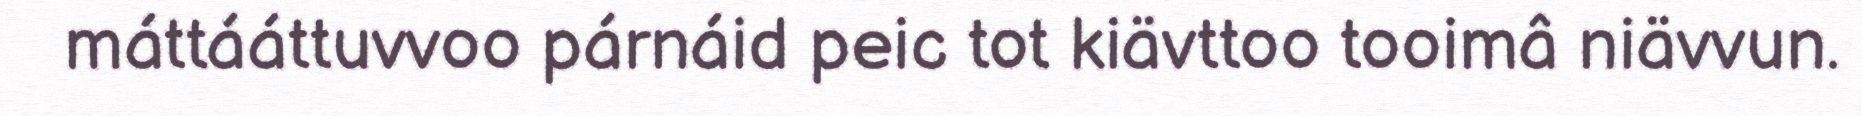
máttááttuvvoo párnáid peic tot kiävttoo tooimâ niävvun.